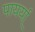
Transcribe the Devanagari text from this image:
पायर्या्